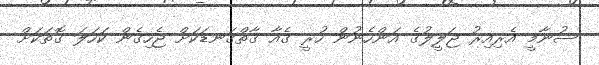
ސުނާމީ އެރިއިރު ޖަލީލުގެ އަންހެނުން ހުރީ ގެއާ ގާތްގަނޑަކަށް ޖެހިގެން ކަހަލަ ގޮތަކަށް